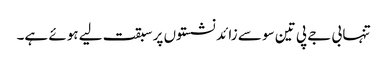
تنہا بی جے پی تین سو سے زائد نشستوں پر سبقت لیے ہوئے ہے۔